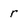
Character: r